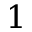
1